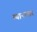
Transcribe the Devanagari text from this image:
ग्यानखार